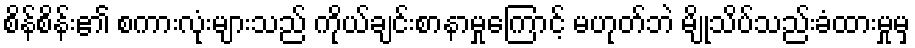
စိန်စိန်း၏ စကားလုံးများသည် ကိုယ်ချင်းစာနာမှုကြောင့် မဟုတ်ဘဲ မျိုသိပ်သည်းခံထားမှုမှ